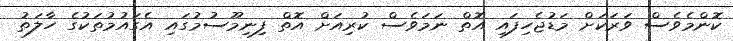
ކޮންމެވެސް ވަރަކަށް މަޑުޖެހިފައި އޮތް ނަމަވެސް ކުރިއަށް އޮތް ފިނިމޫސުމުގައި އެގައުމުތަކުގެ ހާލަތު